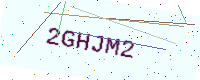
Text: 2GHJM2